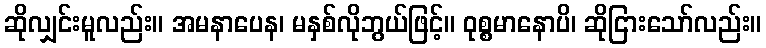
ဆိုလျှင်းမူလည်း။ အမနာပေန၊ မနှစ်လိုဘွယ်ဖြင့်။ ဝုစ္စမာနောပိ၊ ဆိုငြားသော်လည်း။